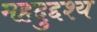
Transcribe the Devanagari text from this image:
महदुद्दश्य